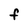
Character: F